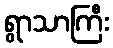
ရွာသာကြီး